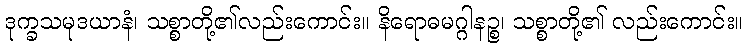
ဒုက္ခသမုဒယာနံ၊ သစ္စာတို့၏လည်းကောင်း။ နိရောဓမဂ္ဂါနဉ္စ၊ သစ္စာတို့၏ လည်းကောင်း။